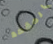
المقعد